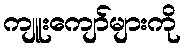
ကျူးကျော်များကို